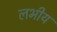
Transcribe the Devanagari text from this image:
लभीय